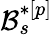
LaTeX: \mathcal{B}_{s}^{*[p]}